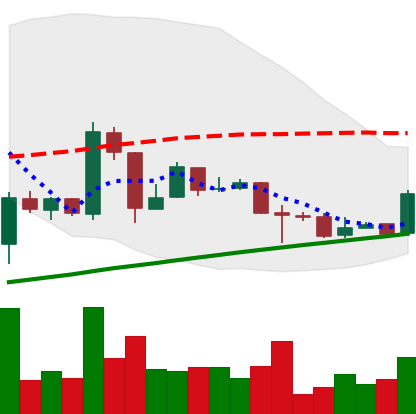
Ticker: BTC-USD
Chart end date: 2016-02-04
Forward return: -3.482%
Label: down_3_5